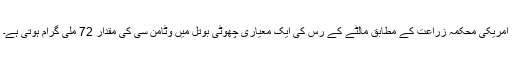
امریکی محکمہ زراعت کے مطابق مالٹے کے رس کی ایک معیاری چھوٹی بوتل میں وٹامن سی کی مقدار 72 ملی گرام ہوتی ہے۔